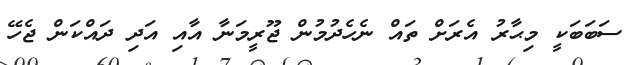
ސަބަބަކީ މިޙާރު އެރަށް ތައް ނެހެދުމުން ޖޫރީމަނާ އާއި އަދި ދައްކަން ޖެހޭ